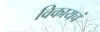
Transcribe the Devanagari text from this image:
विकायचं